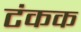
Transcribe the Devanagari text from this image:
टंकक